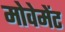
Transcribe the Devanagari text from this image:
मोवेमेंट